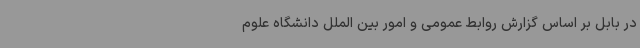
در بابل بر اساس گزارش روابط‌ عمومی و امور بین ‌الملل دانشگاه علوم